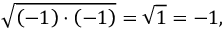
{ \sqrt { \left( - 1 \right) \cdot \left( - 1 \right) } } = { \sqrt { 1 } } = - 1 ,